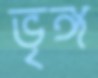
ভৃঙ্গ